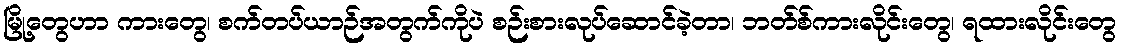
မြို့တွေဟာ ကားတွေ၊ စက်တပ်ယာဉ်အတွက်ကိုပဲ စဉ်းစားလုပ်ဆောင်ခဲ့တာ၊ ဘတ်စ်ကားလိုင်းတွေ၊ ရထားလိုင်းတွေ